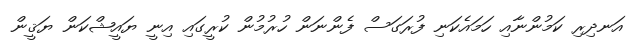
އަނދިރި ކަމުންނާއި ހަމައެކަނި ފުރަގަސް ފެންނަން ހުރުމުން ކުރީގައި އިނީ ޔައީޝްކަން ޔަޤީން